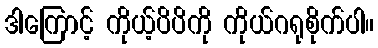
ဒါကြောင့် ကိုယ့်ပိပိကို ကိုယ်ဂရုစိုက်ပါ။